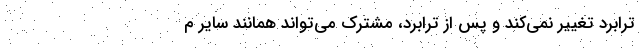
ترابرد تغییر نمی‌کند و پس از ترابرد، مشترک می‌تواند همانند سایر م